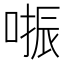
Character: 𠺲